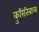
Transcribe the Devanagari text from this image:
कुरितिबाला